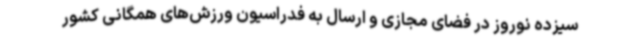
سیزده نوروز در فضای مجازی و ارسال به فدراسیون ورزش‌های همگانی کشور